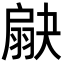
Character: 𦑗